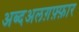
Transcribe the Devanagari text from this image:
अब्दअलग़फ़्फ़ार